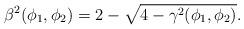
LaTeX: \begin{align*}\beta ^2(\phi _1, \phi _2)= 2-\sqrt {4-\gamma ^2(\phi _1, \phi _2)}.\end{align*}